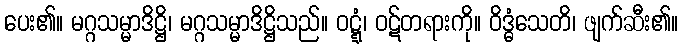
ပေး၏။ မဂ္ဂသမ္မာဒိဋ္ဌိ၊ မဂ္ဂသမ္မာဒိဋ္ဌိသည်။ ဝဋ္ဋံ၊ ဝဋ်တရားကို။ ဝိဒ္ဓံသေတိ၊ ဖျက်ဆီး၏။